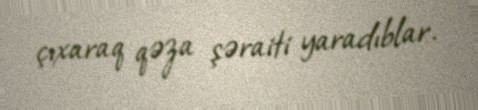
çıxaraq qəza şəraiti yaradıblar.